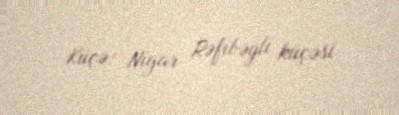
Küçə: Nigar Rəfibəyli küçəsi